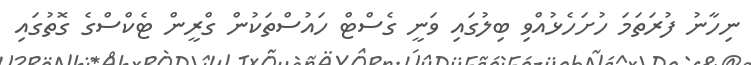
ނިހާނު ފުރަތަމަ ހުށަހެޅުއްވި ބިލުގައި ވަނީ ގެސްޓް ހައުސްތަކުން ގްރީން ޓެކްސްގެ ގޮތުގައި